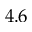
4 . 6